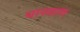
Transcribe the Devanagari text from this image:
धारवाण